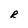
Character: R